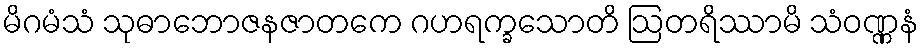
မိဂမံသံ သုဓာဘောဇနဇာတကေ ဂဟရက္ခသောတိ ဩတရိဿာမိ သံဝဏ္ဏနံ